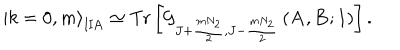
\left| k = 0 , m \right> _ { \mathrm { I I A } } \simeq \mathrm { T r } \left[ \mathcal { G } _ { J + \frac { m N _ { 2 } } { 2 } , J - \frac { m N _ { 2 } } { 2 } } \left( \mathbf { A } , \mathbf { B } ; 1 \right) \right] .